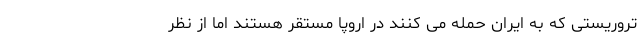
تروریستی که به ایران حمله می کنند در اروپا مستقر هستند اما از نظر